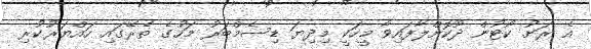
އެ ރަށު ކޯޓުން ދޫކޮށްލާފައިވާ މީހަކީ މިދިޔަ ޑިސެމްބަރު މަހުގެ ތެރޭގައި ހައްޔަރުކުރި